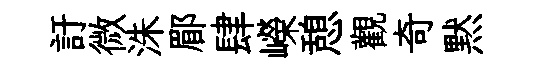
訏微洙郿肆嶸憩觀奇黙